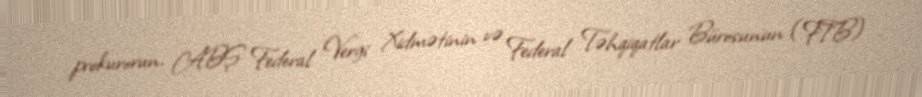
prokurorun, ABŞ Federal Vergi Xidmətinin və Federal Təhqiqatlar Bürosunun (FTB)